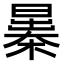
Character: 𣊻